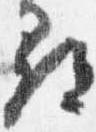
尋